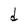
Character: d